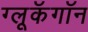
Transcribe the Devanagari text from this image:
ग्लूकॅगॉन